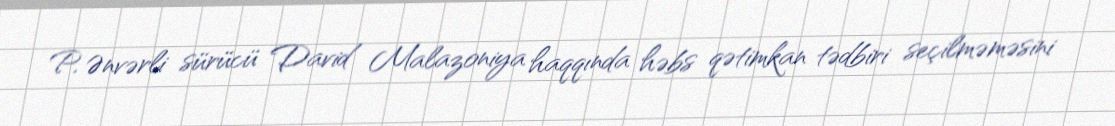
P. Ənvərli sürücü David Malazoniya haqqında həbs qətimkan tədbiri seçilməməsini